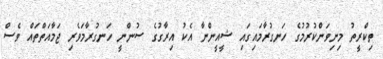
ތިކްރީތު މިނިވަންކުރުމުގެ ހަނގުރާމައިގައި ޝީއީންނާ އެކު އިރާގުގެ ސުންނީ ހަނގުރާމަވެރި ޖަމާއަތްތައް ވެސް